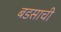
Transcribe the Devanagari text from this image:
बडसाची